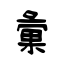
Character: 彙